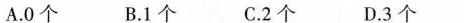
A.0个 B.1个 C.2个 D.3个